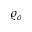
\varrho _ { o }